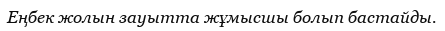
Еңбек жолын зауытта жұмысшы болып бастайды.